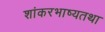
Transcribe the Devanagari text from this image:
शांकरभाष्यतथा